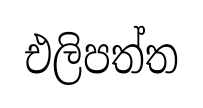
එලිපත්ත